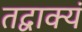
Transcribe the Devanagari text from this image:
तद्वाक्यं